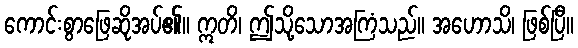
ကောင်းစွာဖြေဆိုအပ်၏။ ဣတိ၊ ဤသို့သောအကြံသည်။ အဟောသိ၊ ဖြစ်ပြီ။